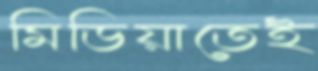
মিডিয়াতেই